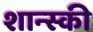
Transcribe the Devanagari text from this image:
शान्स्की